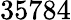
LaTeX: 35784